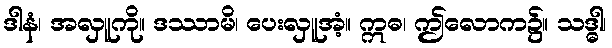
ဒါနံ၊ အလှူကို။ ဒဿာမိ၊ ပေးလှူအံ့။ ဣဓ၊ ဤလောက၌။ သဒ္ဓါ၊